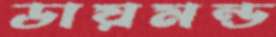
ডায়মন্ড